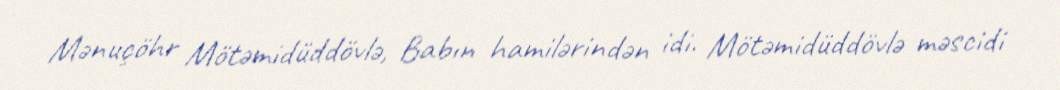
Mənuçöhr Mötəmidüddövlə, Babın hamilərindən idi. Mötəmidüddövlə məscidi